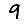
Digit: 9